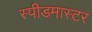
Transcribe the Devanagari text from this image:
स्पीडमास्टर